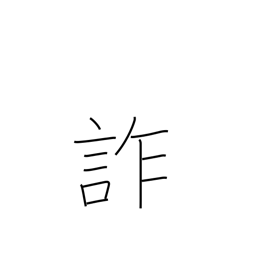
Meaning: deceive